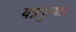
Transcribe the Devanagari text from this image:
यत्रपुण्या।